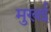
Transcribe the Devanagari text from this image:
मुखई